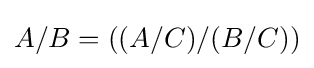
A/B=((A/C)/(B/C))